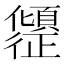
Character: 𫤎